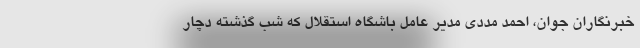
خبرنگاران جوان، احمد مددی مدیر عامل باشگاه استقلال که شب گذشته دچار